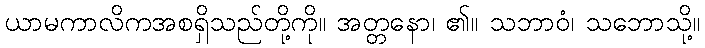
ယာမကာလိကအစရှိသည်တို့ကို။ အတ္တနော၊ ၏။ သဘာဝံ၊ သဘောသို့။